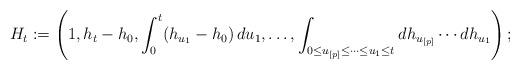
LaTeX: \begin{align*}H_t := \left(1,h_t-h_0,\int_0^t (h_{u_1}-h_0)\,du_1,\dots,\int_{0\leq u_{[p]}\leq \cdots\leq u_1\leq t}dh_{u_{[p]}}\cdots dh_{u_1}\right);\end{align*}